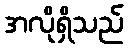
အလိုရှိသည်